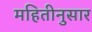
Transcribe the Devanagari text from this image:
महितीनुसार